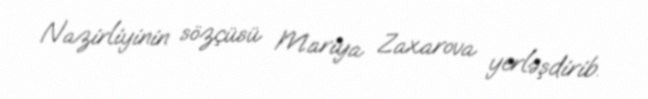
Nazirliyinin sözçüsü Mariya Zaxarova yerləşdirib.